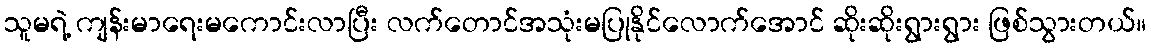
သူမရဲ့ ကျန်းမာရေးမကောင်းလာပြီး လက်တောင်အသုံးမပြုနိုင်လောက်အောင် ဆိုးဆိုးရွားရွား ဖြစ်သွားတယ်။